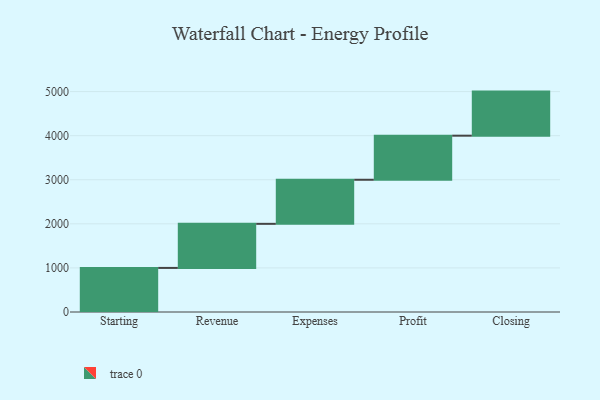
{"axis": {"x": "Step", "y": "Value"}, "legend": [""], "data": [{"x": "Starting", "y": 1000, "type": ""}, {"x": "Revenue", "y": 1000, "type": ""}, {"x": "Expenses", "y": 1000, "type": ""}, {"x": "Profit", "y": 1000, "type": ""}, {"x": "Closing", "y": 1000, "type": ""}]}